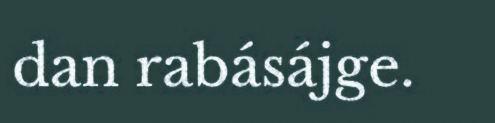
dan rabásájge.